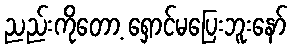
ညည်းကိုတော့ ရှောင်မပြေးဘူးနော်